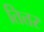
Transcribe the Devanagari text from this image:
तित्तर